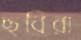
ছবিরা